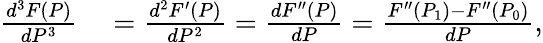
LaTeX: \begin{array}{rl}{{\frac{d^{3}F(P)}{dP^{3}}}}&{{}={\frac{d^{2}F^{\prime}(P)}{dP^{2}}}={\frac{dF^{\prime\prime}(P)}{dP}}={\frac{F^{\prime\prime}(P_{1})-F^{\prime\prime}(P_{0})}{dP}},}\end{array}